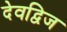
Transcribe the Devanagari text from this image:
देवद्विज